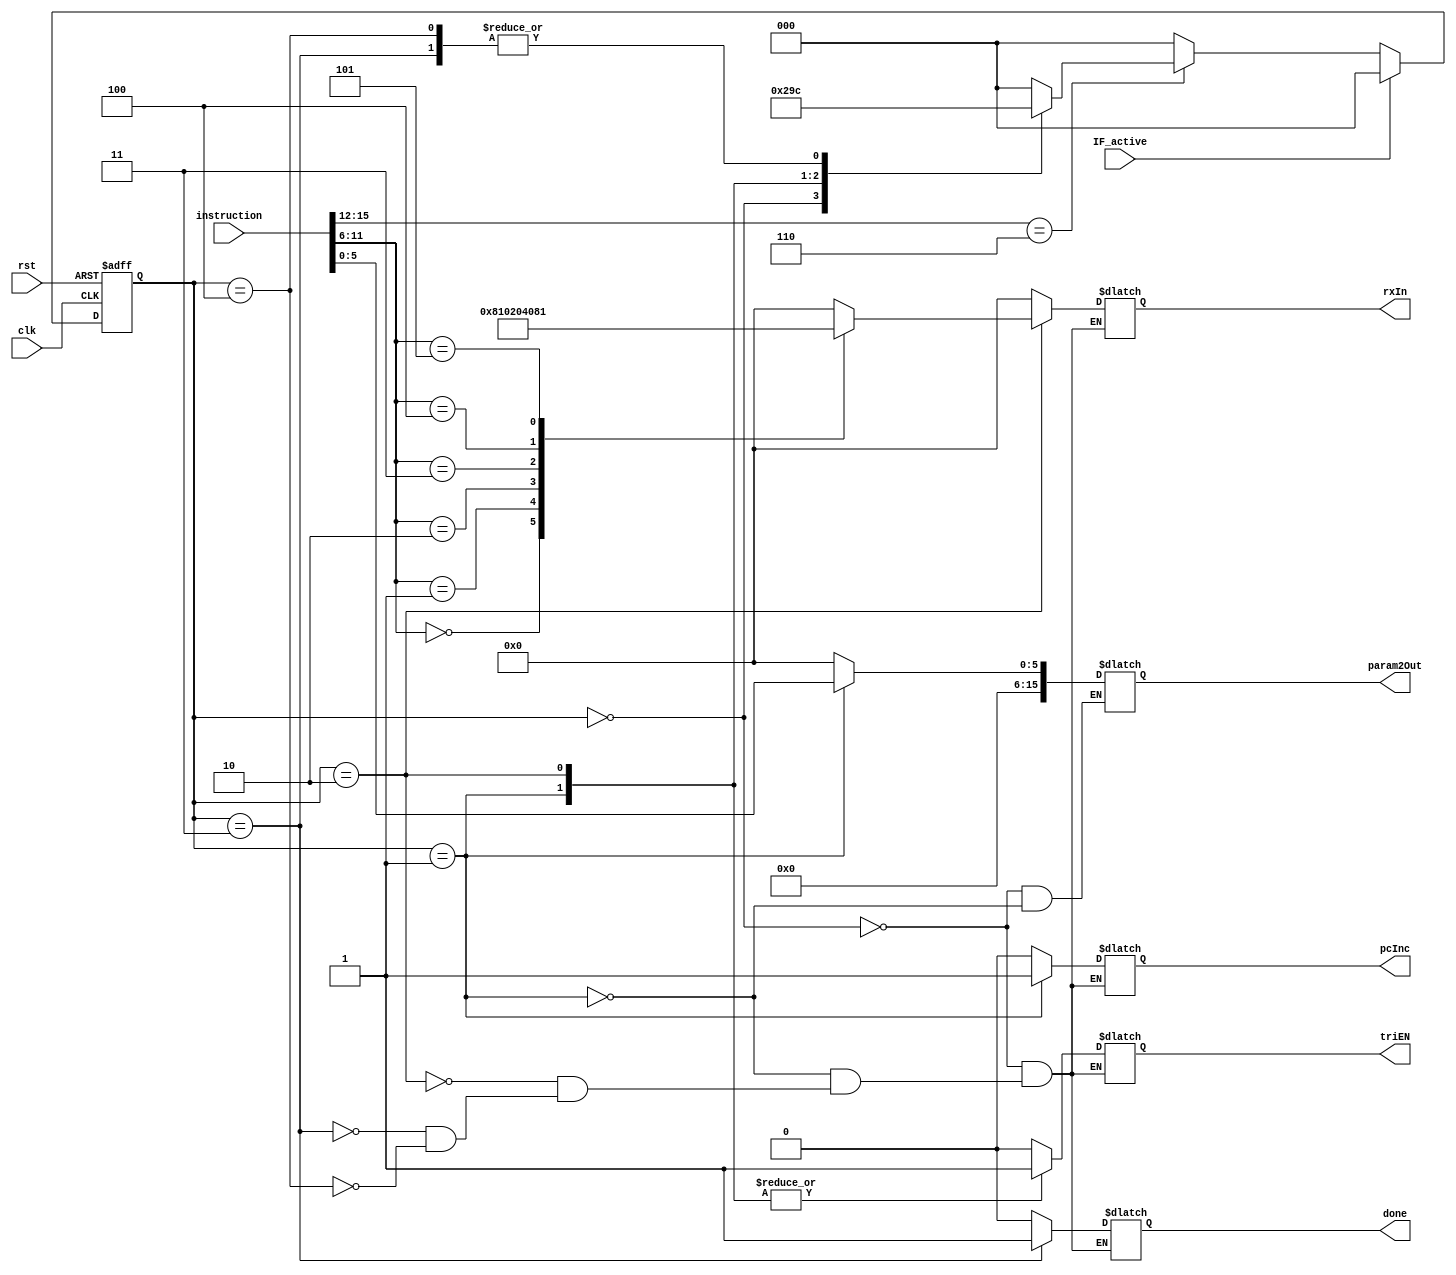
// Move Immediate Finite State Machine

`timescale 1ns/10ps

module MOViFSM(clk, rst, instruction, done, rxIn, pcInc, param2Out, triEN, IF_active);
    input clk, rst, IF_active;
    input[15:0] instruction;
    wire[3:0] opCode = instruction[15:12];
    wire[5:0] param1 = instruction[11:6];
    wire[5:0] param2 = instruction[5:0];

    output reg done, pcInc, triEN;
    output reg[5:0] rxIn;
    output reg[15:0] param2Out;

    reg[2:0] pres_state, next_state;
    parameter st0 = 3'b000, st1 = 3'b001, st2 = 3'b010, st3 = 3'b011, st4 = 3'b100;

    // State register
    always @(posedge clk or posedge rst) begin
        if(rst)
            pres_state <= st0;
        else if(IF_active)
            pres_state <= st0;
        else if(opCode == 4'b0110)
            pres_state <= next_state;
        else
            pres_state <= st0;
    end

    // Next state logic
    always @(pres_state) begin
        case(pres_state)
            st0: next_state <= st1;
            st1: next_state <= st2;
            st2: next_state <= st3;
            st3: next_state <= st4;
            st4: next_state <= st4;
            default: next_state <= st0;
        endcase
    end

    // Output definition
    always @(pres_state) begin
        case(pres_state)
            st0: begin
                done <= 0;rxIn <= 6'b000000;pcInc <= 0;triEN <= 0;
                param2Out <= 16'b0000000000000000;
            end
            st1: begin
                done <= 0;rxIn <= 6'b000000;pcInc <= 1;triEN <= 1;
                param2Out <= {10'b0000000000, param2}; // Put the immediate number on the bus
            end
            st2: begin
                done <= 0;pcInc <= 0;triEN <= 1;
                case(param1) // Store the immediate num into the gen reg in param1
                    6'b000000: rxIn <= 6'b100000;
                    6'b000001: rxIn <= 6'b010000;
                    6'b000010: rxIn <= 6'b001000;
                    6'b000011: rxIn <= 6'b000100;
                    6'b000100: rxIn <= 6'b000010;
                    6'b000101: rxIn <= 6'b000001;
                    default: rxIn <= 6'b00000;
                endcase
            end
            st3: begin
                done <= 1;rxIn <= 6'b000000;pcInc <= 0;triEN <= 0;
            end
            st4: begin
                done <= 0;rxIn <= 6'b000000;pcInc <= 0;triEN <= 0;
            end
        endcase
    end
endmodule